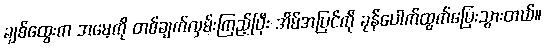
ချစ်ထွေးက အမေ့ကို တစ်ချက်လှမ်းကြည့်ပြီး အိမ်အပြင်ကို ခုန်ပေါက်ထွက်ပြေးသွားတယ်။